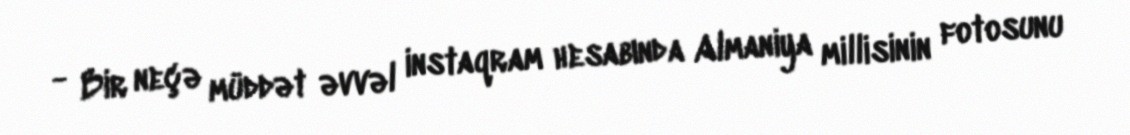
- Bir neçə müddət əvvəl instaqram hesabında Almaniya millisinin fotosunu